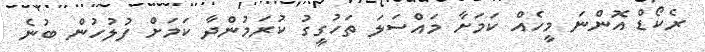
ރެކޯޑް އޮންނަ މީހެއް ކަމަށާ މައްސަލަ ތަހުގީގު ކުރަމުންދާ ކަމަށް ފުލުހުން ބުނެ